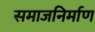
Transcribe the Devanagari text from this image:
समाजनिर्माण